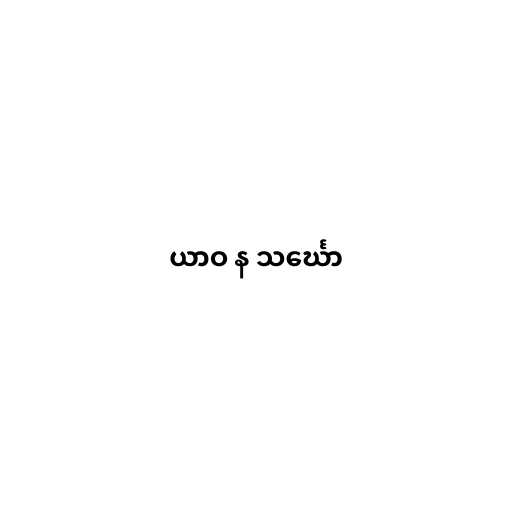
ယာဝ န သင်္ဃော